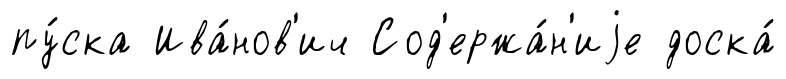
пу́ска Ива́нов'ич Сод'ержа́н'иjе доска́